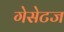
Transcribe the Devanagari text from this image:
गेसेटज